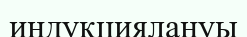
индукциялануы